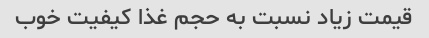
قیمت زیاد نسبت به حجم غذا کیفیت خوب